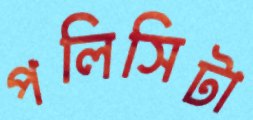
পলিসিটা